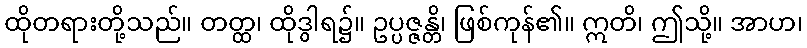
ထိုတရားတို့သည်။ တတ္ထ၊ ထိုဒွါရ၌။ ဥပ္ပဇ္ဇန္တိ၊ ဖြစ်ကုန်၏။ ဣတိ၊ ဤသို့။ အာဟ၊